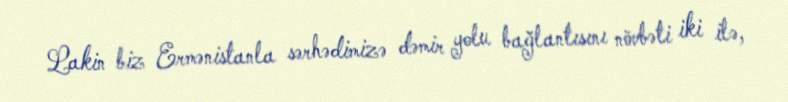
Lakin biz Ermənistanla sərhədimizə dəmir yolu bağlantısını növbəti iki ilə,